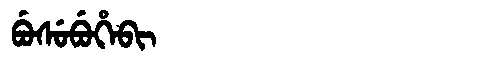
Manchu: ᠪᡠᠰᡠᠪᡠᡥᡝᠪᡳ
Romanization: BUSUBUHEBI